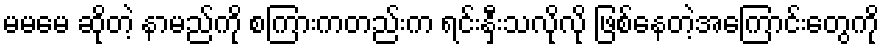
မမမေ ဆိုတဲ့ နာမည်ကို စကြားကတည်းက ရင်းနှီးသလိုလို ဖြစ်နေတဲ့အကြောင်းတွေကို